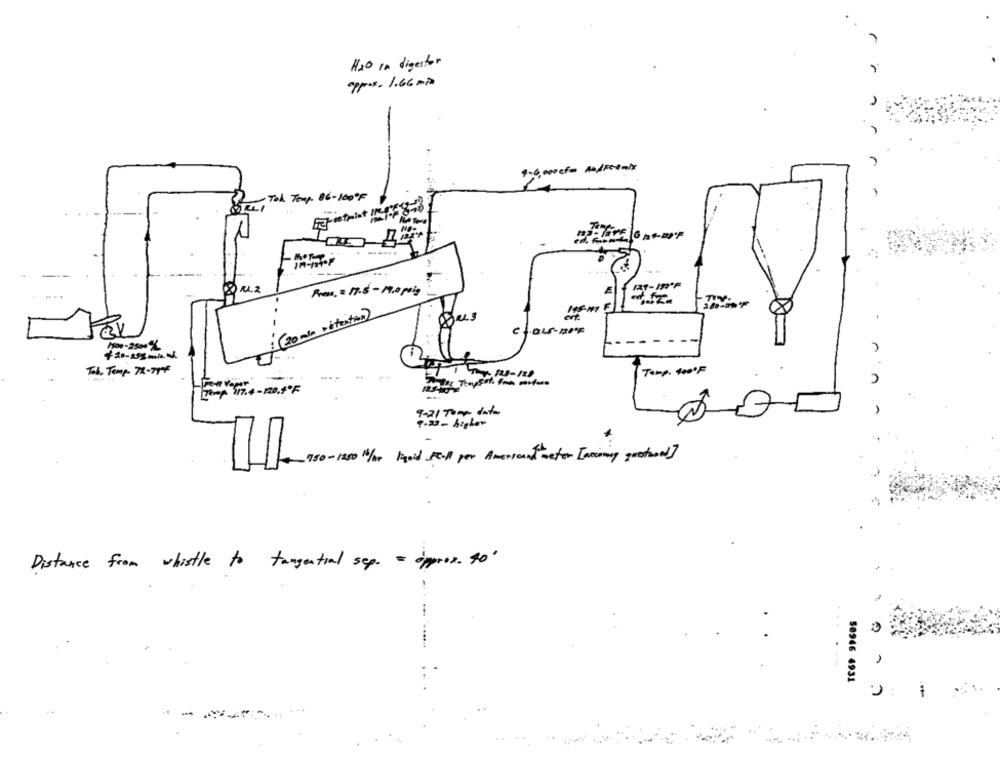
H2O In digestor
approx. 1.66 min
$-6,000 cf= A0/petmix
22
Tok Temp. 86-100ºF
OLLI
berntmint impf 8-6
12T-IR'F
Press, = 17.5 - 19.0 poig
( 20 min obtention)
Non-2500X
Tab. Temp- 72-75#
Tamp. 400'F
2 1 40 123-120
LE
n
Tamp 117.4-120.4º F
9-21 Topp data
950-1250 /or liquid Full per American water [noviny questod]
Distance from whistle to tangential sep. - approx. 90'
. .
50946 4931
... ...